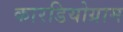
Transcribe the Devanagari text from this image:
कारडियोग्राम